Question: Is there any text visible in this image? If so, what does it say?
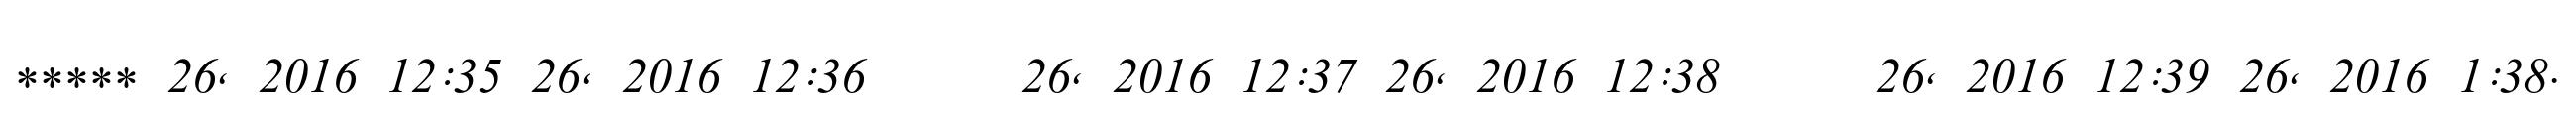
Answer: ***** 26, 2016 12:35 26, 2016 12:36 ????? 26, 2016 12:37 26, 2016 12:38 ????? 26, 2016 12:39 26, 2016 1:38.